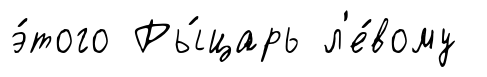
э́того Ры́царь л'е́вому